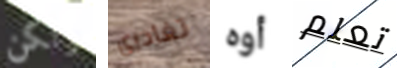
ولكن تغادرى أوه تعلم